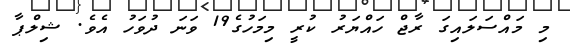
މި މައްސަލައިގަ ރާޖް ހައްޔަރު ކުރީ މިމަހުގެ19 ވަނަ ދުވަހު އެވެ. ޝިލްޕާ